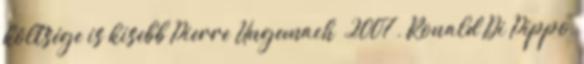
költsége is kisebb Pierre Ungemach 2007 , Ronald Di Pippo,